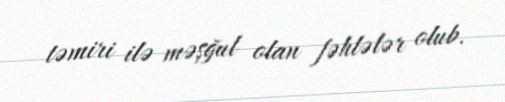
təmiri ilə məşğul olan fəhlələr olub.